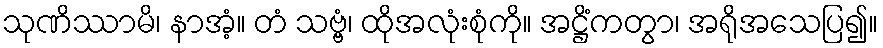
သုဏိဿာမိ၊ နာအံ့။ တံ သဗ္ဗံ၊ ထိုအလုံးစုံကို။ အဋ္ဌိံကတွာ၊ အရိုအသေပြ၍။